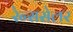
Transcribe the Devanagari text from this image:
रेन्ससेलर